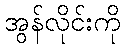
အွန်လိုင်းကို